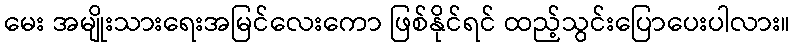
မေး အမျိုးသားရေးအမြင်လေးကော ဖြစ်နိုင်ရင် ထည့်သွင်းပြောပေးပါလား။